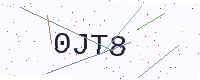
Text: 0JT8